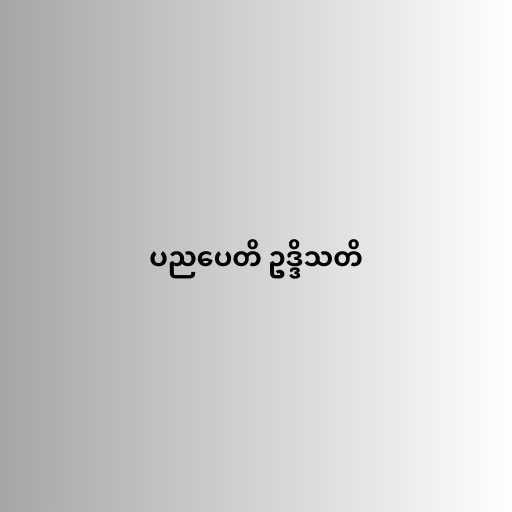
ပညပေတိ ဥဒ္ဒိသတိ